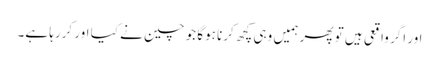
اور اگر واقعی ہیں تو پھر ہمیں وہی کچھ کرنا ہوگا جو چین نے کیا اور کررہا ہے۔